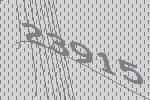
23915